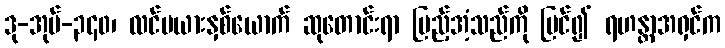
ဒု-အုပ်-၃၄၀၊ လင်မယားနှစ်ယောက် ဆုတောင်းရာ ပြည့်အံ့သည်ကို မြင်၍ ရဟန္တာအရှင်က